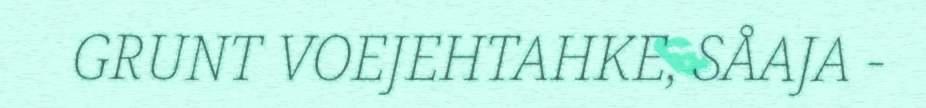
GRUNT VOEJEHTAHKE, SÅAJA -